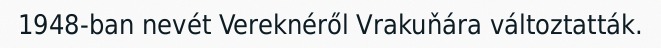
1948-ban nevét Vereknéről Vrakuňára változtatták.